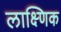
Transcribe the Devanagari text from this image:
लाक्ष्णिक